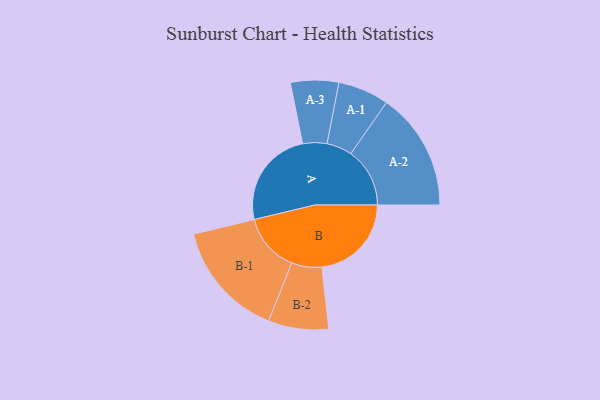
{"axis": {"x": "Segment", "y": "Value"}, "legend": ["", "A", "B"], "data": [{"x": "A", "y": 471, "type": ""}, {"x": "B", "y": 428, "type": ""}, {"x": "A-1", "y": 122, "type": "A"}, {"x": "A-2", "y": 282, "type": "A"}, {"x": "A-3", "y": 115, "type": "A"}, {"x": "B-1", "y": 280, "type": "B"}, {"x": "B-2", "y": 144, "type": "B"}]}